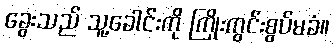
ခွေးသည် သူ့ခေါင်းကို ကြိုးကွင်းစွပ်မခံ။